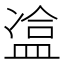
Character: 𥁿